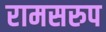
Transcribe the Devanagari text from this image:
रामसरुप